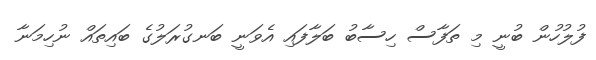
ފުލުހުން ބުނީ މި ތަފާސް ހިސާބު ބަލާފައި އެވަނީ ބަނގުރަލުގެ ބައިތައް ނުހިމަނާ